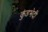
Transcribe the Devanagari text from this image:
कुंडभेदी